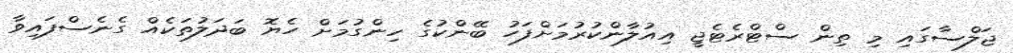
ޖަލްސާގައި މި ތިން ސްޓްރެޓެޖީ އިއުލާންކުރުމަށްފަހު ބޭންކުގެ ހިންގުމަށް ހެޔޮ ބަދަލުތަކެއް ގެނެސްފައިވާ